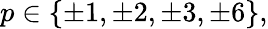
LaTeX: p\in\{ \pm 1,\pm 2,\pm 3,\pm 6\} ,